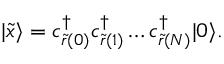
| \tilde { x } \rangle = c _ { \tilde { r } ( 0 ) } ^ { \dagger } c _ { \tilde { r } ( 1 ) } ^ { \dagger } \ldots c _ { \tilde { r } ( N ) } ^ { \dagger } | 0 \rangle .